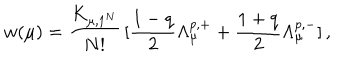
w ( \mu ) = \frac { K _ { \mu , 1 ^ { N } } } { N ! } \, [ \frac { 1 - q } { 2 } \Lambda _ { \mu } ^ { p , + } + \frac { 1 + q } { 2 } \Lambda _ { \mu } ^ { p , - } ] \, ,